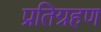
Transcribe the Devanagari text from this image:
प्रतिग्रहण